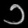
Digit: ၁